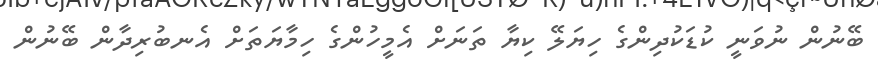
ބޭނުން ނުވަނީ ކުޑަކުދިންގެ ހިޔަލޭ ކިޔާ ތަނަށް އެމީހުންގެ ހިމާޔަތަށް އެނބުރިދާން ބޭނުން